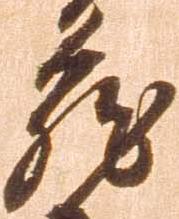
蔵